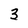
Character: 3